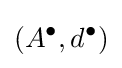
(A^{\bullet },d^{\bullet })